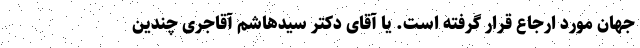
جهان مورد ارجاع قرار گرفته است. یا آقای دکتر سیدهاشم آقاجری چندین